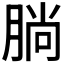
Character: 𣎃